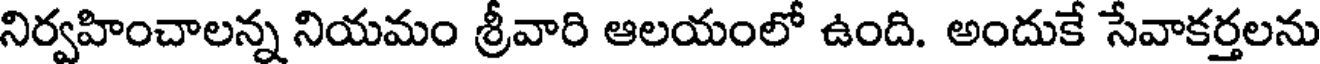
నిర్వహించాలన్న నియమం శ్రీవారి ఆలయంలో ఉంది. అందుకే సేవాకర్తలను